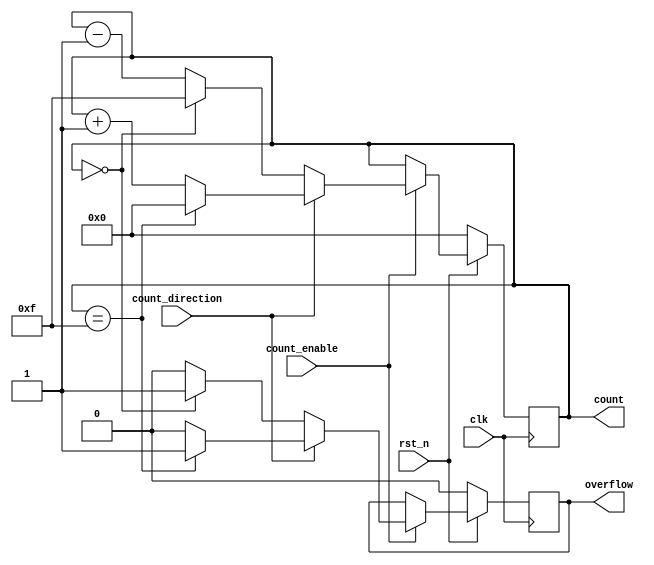
module cascaded_counter #(
    parameter WIDTH = 4 // Specify the bit-width of the counter (4-bit default)
) (
    input wire clk,              // Clock signal
    input wire rst_n,            // Active low synchronous reset
    input wire count_enable,      // Count enable signal
    input wire count_direction,    // 1 for count up, 0 for count down
    output reg [WIDTH-1:0] count, // Current count value
    output reg overflow           // Overflow flag
);

    // Initialize the count and overflow
    initial begin
        count = 0;
        overflow = 0;
    end

    // Main counting logic, triggered on clock edges
    always @(posedge clk) begin
        if (!rst_n) begin
            count <= 0;           // Reset the counter to zero
            overflow <= 0;        // Clear overflow on reset
        end else if (count_enable) begin
            if (count_direction) begin
                // Count up
                if (count == (2**WIDTH - 1)) begin
                    count <= 0;   // Wrap around on overflow
                    overflow <= 1; // Set overflow flag
                end else begin
                    count <= count + 1; // Increment the counter
                    overflow <= 0; // Clear overflow flag
                end
            end else begin
                // Count down
                if (count == 0) begin
                    count <= (2**WIDTH - 1); // Wrap around on underflow
                    overflow <= 1; // Set overflow flag
                end else begin
                    count <= count - 1; // Decrement the counter
                    overflow <= 0; // Clear overflow flag
                end
            end
        end
    end
endmodule